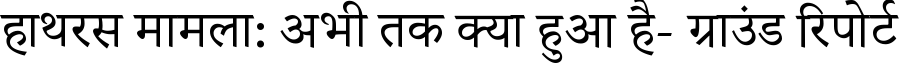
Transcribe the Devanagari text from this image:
हाथरस मामला: अभी तक क्या हुआ है- ग्राउंड रिपोर्ट